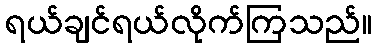
ရယ်ချင်ရယ်လိုက်ကြသည်။